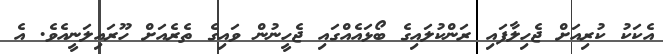
އެކަކު ކުރިއަށް ޖެހިލާފައި ރަންކުލައިގެ ބޯޅައެއްގައި ޖެހީނުން ވައިގެ ތެރެއަށް ހޫރައިލަނީއެވެ. އެ